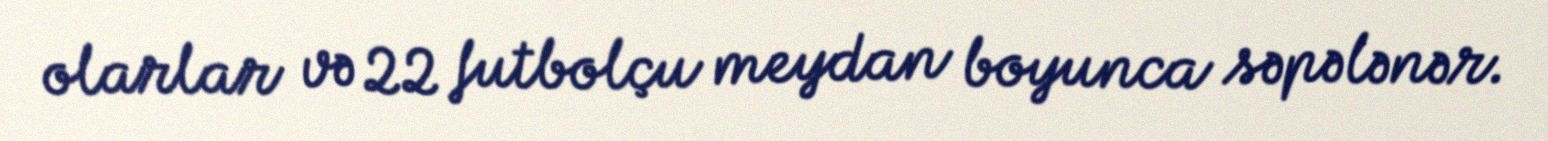
olarlar və 22 futbolçu meydan boyunca səpələnər.